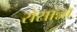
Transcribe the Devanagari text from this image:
रोसान्ना